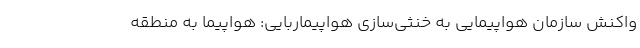
واکنش سازمان هواپیمایی به خنثی‌سازی هواپیماربایی: هواپیما به منطقه